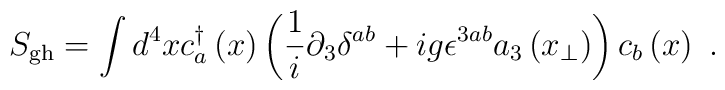
S_{\rm gh}=\int d^{4}x c^{\dagger}_{a} \left(x\right) \left(\frac{1}{i}\partial_{3}\delta^{ab}+ig\epsilon^{3ab} a_{3} \left(x_{\perp}\right)\right)c_{b} \left(x\right) \ .